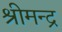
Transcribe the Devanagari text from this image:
श्रीमन्द्र